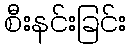
စီးနင်းခြင်း